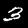
Label: 3